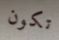
تكون